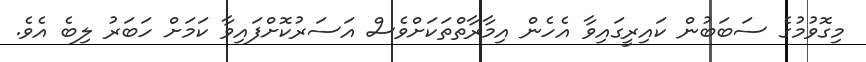
މިގޮވުމުގެ ސަބަބުން ކައިރީގައިވާ އެހެން އިމާރާތްތަކަށްވެސް އަސަރުކޮށްފައިވާ ކަމަށް ހަބަރު ލިބެ އެވެ.